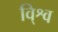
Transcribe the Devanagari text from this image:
वि्श्व